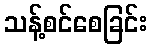
သန့်စင်စေခြင်း